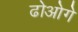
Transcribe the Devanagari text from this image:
ढोओगे